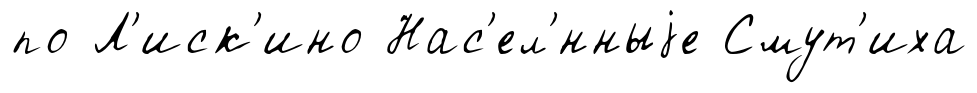
по Л'иск'ино Нас'ел'́нныjе Смут'иха